Malaria in the Duars
Disease focus: Malaria
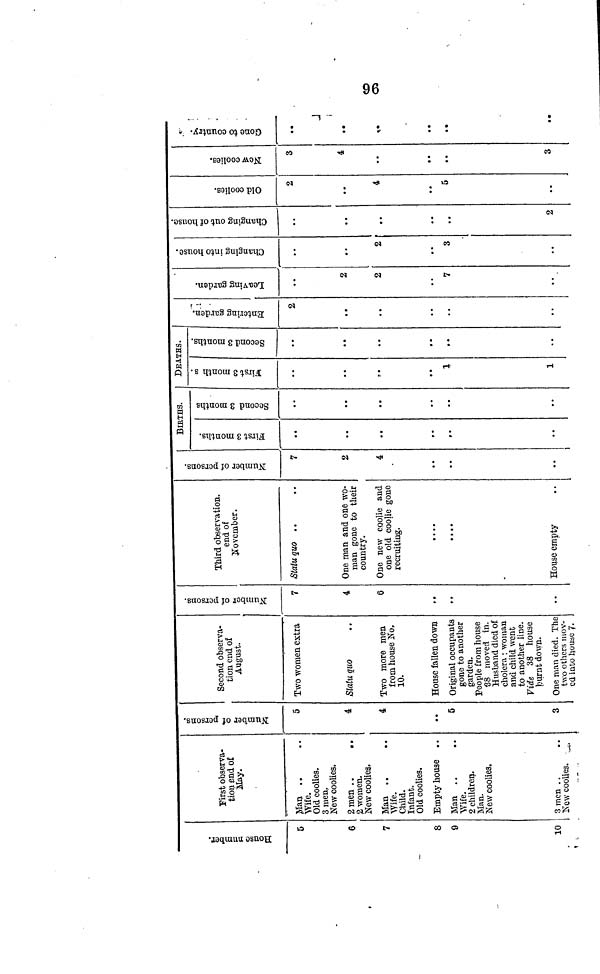
96
House Number.
6
6
7
8
9
10
First observa-
tion end of
May.
Man
Wife.
Old coolies.
3 men.
New coolies.
2 men ..
. .
2 women.
New coolies.
Man . .
. .
Wife.
Child.
Infant.
Old coolies.
Empty house . .
Man
Wife.
2 children.
Man.
New coolies.
3 men . .
New coolies. _.,
Number of
persons.
5
4
4
• •
5
3
Second observa-
tion end of
August.
Two women extra
Statu quo
Two more men
from house No,
10.
House fallen down
Original occupants
gone to another
garden.
People from house
38 moved in.
Husband died of
cholera ; woman
and child went
to another line.
Vide 38 house
burnt down.
One man died. The
two others mov-
ed into house 7-
Number of
persons.
7
4
6
..
, ,
••
Third observation,
end of
November.
Statu quo ,.
One man and one wo-
man gone to their
country.
One new coolie and
one old coolie gone
recruiting.
....
• • • •
House empty
Number of
persons.
7
2
4
..
I
BIRTHS.
First 3
months.
..
••
Second 3
months.
. .
DEATHS.
First 3
months.
..
1
1
Second 3
months.
..
...
••
Entering Garden.
2
• •
Leaving Garden.
2
2
7
..
Changing into
House.
* "
..
3
Changing out of
House.
* "
..
..
..*
2
Old Coolies.
2
..
5
.
New Coolies.
3
4
3
Gone to Country.
..
* *
..
• *